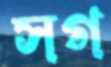
সগ